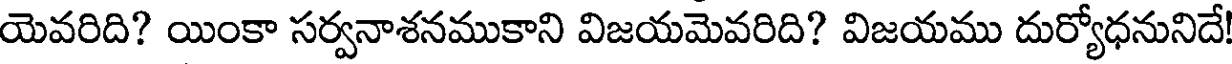
యెవరిది? యింకా సర్వనాశనముకాని విజయమెవరిది? విజయము దుర్యోధనునిదే